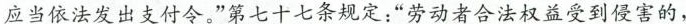
应当依法发出支付令。“第七十七条规定：”劳动者合法权益受到侵害的，